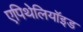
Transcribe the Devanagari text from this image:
एपिथेलियॉइड